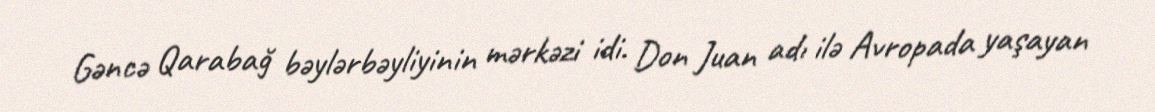
Gəncə Qarabağ bəylərbəyliyinin mərkəzi idi. Don Juan adı ilə Avropada yaşayan